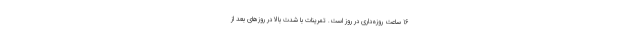
16 ساعت روزه‌داری در روز است. تمرینات با شدت بالا در روزهای بعد از